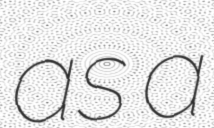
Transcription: as a